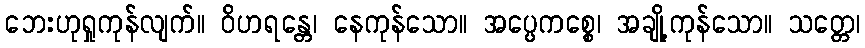
ဘေးဟုရှုကုန်လျက်။ ဝိဟရန္တေ၊ နေကုန်သော။ အပ္ပေကစ္စေ၊ အချို့ကုန်သော။ သတ္တေ၊